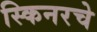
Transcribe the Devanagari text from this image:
स्किनरचे